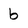
Character: b